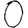
Digit: 0